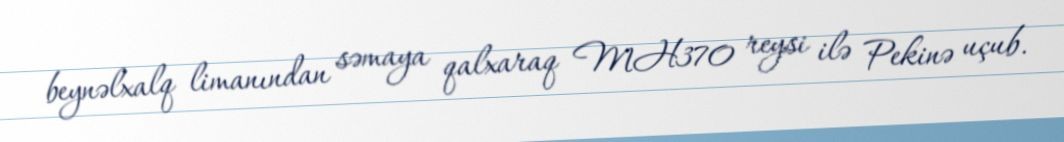
beynəlxalq limanından səmaya qalxaraq MH370 reysi ilə Pekinə uçub.